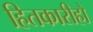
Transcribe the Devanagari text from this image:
हितकारीहो